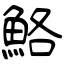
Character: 鮥